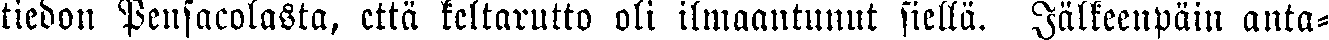
tiedon Pensacolasta, että keltarutto oli ilmaantunut siellä. Jälkeenpäin anta-